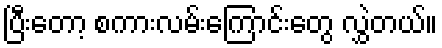
ပြီးတော့ စကားလမ်းကြောင်းတွေ လွှဲတယ်။